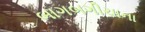
બાગબગીચાના